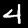
Digit: 4